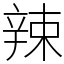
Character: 辣